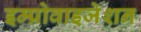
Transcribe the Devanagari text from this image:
इम्प्रोवाइजेशन